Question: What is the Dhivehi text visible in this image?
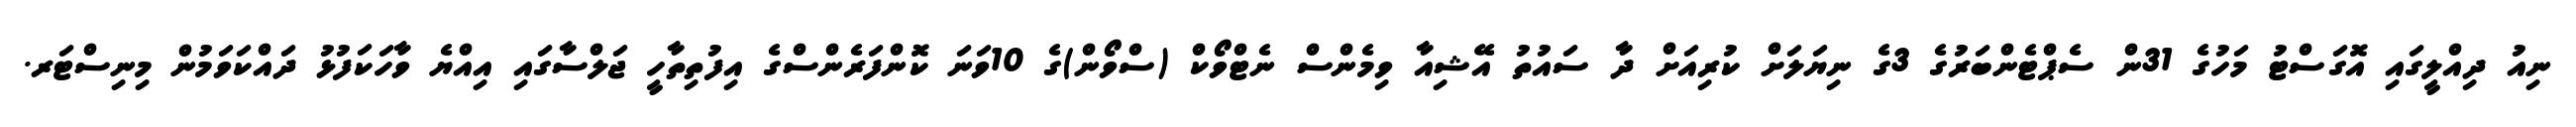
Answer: ނިއު ދިއްލީގައި އޮގަސްޓު މަހުގެ 31ން ސެޕްޓެންބަރުގެ 3ގެ ނިޔަލަށް ކުރިއަށް ދާ ސައުތު އޭޝިއާ ވިމެންސް ނެޓްވޯކް (ސްވޯން)ގެ 10ވަނަ ކޮންފަރެންސްގެ އިފުތިތާހީ ޖަލްސާގައި އިއްޔެ ވާހަކަފުޅު ދައްކަވަމުން މިނިސްޓަރ.